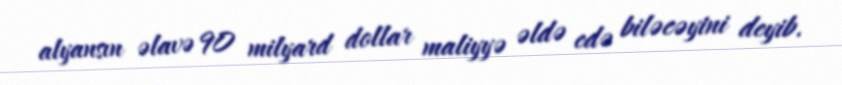
alyansın əlavə 90 milyard dollar maliyyə əldə edə biləcəyini deyib.